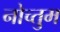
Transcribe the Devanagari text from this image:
नोच्तुम